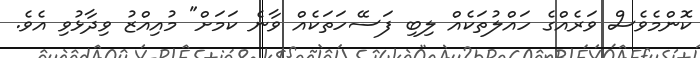
ކޮންމެވެސް ވަރެއްގެ ހައްލުތަކެއް ލިބި ފަސޭހަތަކެއް ވާނެ ކަމަށް" މުއިއްޒު ވިދާޅުވި އެވެ.